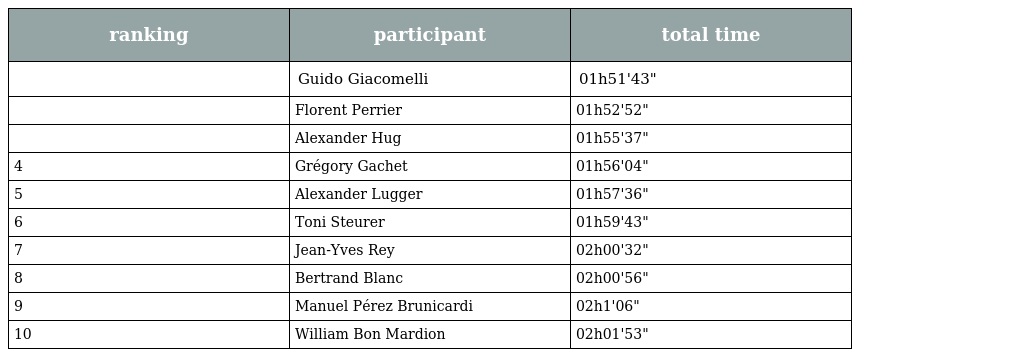
| ranking | participant | total time |
 | --- | --- | --- |
 |  | Guido Giacomelli | 01h51'43" |
 |  | Florent Perrier | 01h52'52" |
 |  | Alexander Hug | 01h55'37" |
 | 4 | Grégory Gachet | 01h56'04" |
 | 5 | Alexander Lugger | 01h57'36" |
 | 6 | Toni Steurer | 01h59'43" |
 | 7 | Jean-Yves Rey | 02h00'32" |
 | 8 | Bertrand Blanc | 02h00'56" |
 | 9 | Manuel Pérez Brunicardi | 02h1'06" |
 | 10 | William Bon Mardion | 02h01'53" |